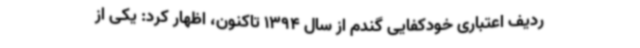
ردیف اعتباری خودکفایی گندم از سال 1394 تاکنون، اظهار کرد: یکی از